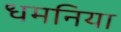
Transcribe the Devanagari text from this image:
धमनिया